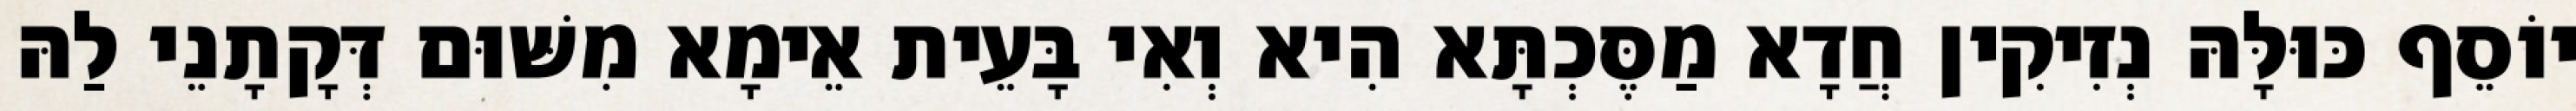
יוֹסֵף כּוּלָּהּ נְזִיקִין חֲדָא מַסֶּכְתָּא הִיא וְאִי בָּעֵית אֵימָא מִשּׁוּם דְּקָתָנֵי לַהּ